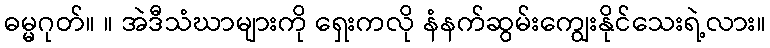
ဓမ္မဂုတ်။ ။ အဲဒီသံဃာများကို ရှေးကလို နံနက်ဆွမ်းကျွေးနိုင်သေးရဲ့လား။